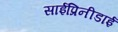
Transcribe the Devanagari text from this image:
साईप्रिनीडाई